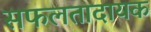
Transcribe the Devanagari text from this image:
सफलतादायक